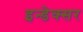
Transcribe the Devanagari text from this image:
इन्डेक्सर